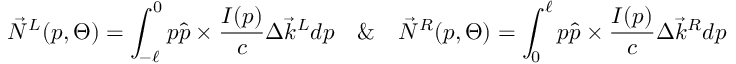
\Vec { N } ^ { L } ( p , \Theta ) = \int _ { - \ell } ^ { 0 } p \hat { p } \times \frac { I ( p ) } { c } \Delta \Vec { k } ^ { L } d p \quad \& \quad \Vec { N } ^ { R } ( p , \Theta ) = \int _ { 0 } ^ { \ell } p \hat { p } \times \frac { I ( p ) } { c } \Delta \Vec { k } ^ { R } d p